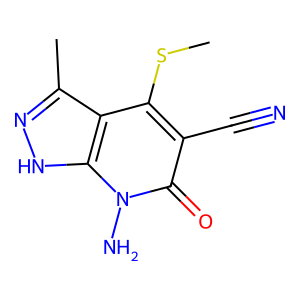
SMILES: CSc1c(C#N)c(=O)n(N)c2[nH]nc(C)c12
Inhibits HIV replication: No